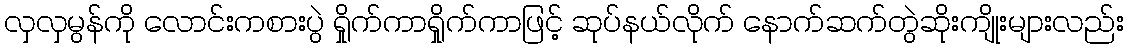
လှလှမွန်ကို လောင်းကစားပွဲ ရှိုက်ကာရှိုက်ကာဖြင့် ဆုပ်နယ်လိုက် နောက်ဆက်တွဲဆိုးကျိုးများလည်း